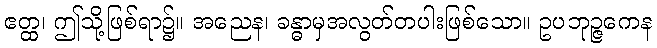
ဧတ္ထ၊ ဤသို့ဖြစ်ရာ၌။ အညေန၊ ခန္ဓာမှအလွတ်တပါးဖြစ်သော။ ဥပဘုဉ္ဇကေန